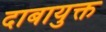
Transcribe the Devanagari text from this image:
दाबायुक्त